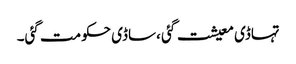
تہاڈی معیشت گئی ،ساڈی حکومت گئی۔